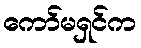
ကော်မရှင်က